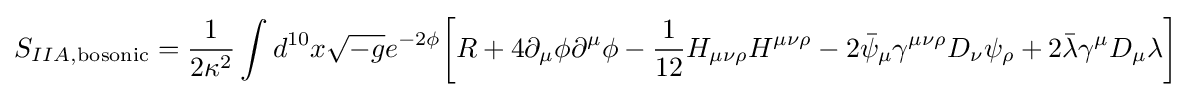
S_{IIA,{\text{bosonic}}}={\frac {1}{2\kappa ^{2}}}\int d^{10}x{\sqrt {-g}}e^{-2\phi }{\bigg [}R+4\partial _{\mu }\phi \partial ^{\mu }\phi -{\frac {1}{12}}H_{\mu \nu \rho }H^{\mu \nu \rho }-2{\bar {\psi }}_{\mu }\gamma ^{\mu \nu \rho }D_{\nu }\psi _{\rho }+2{\bar {\lambda }}\gamma ^{\mu }D_{\mu }\lambda {\bigg ]}